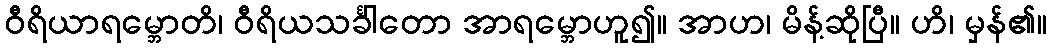
ဝီရိယာရမ္ဘောတိ၊ ဝီရိယသင်္ခါတော အာရမ္ဘောဟူ၍။ အာဟ၊ မိန့်ဆိုပြီ။ ဟိ၊ မှန်၏။